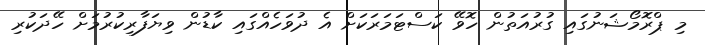
މި ޕްރޮމޯޝަނުގައި ގުރުއަތުން ހޮވޭ ކަސްޓަމަރަކަށް އެ ދުވަހެއްގައި ކާޑުން ވިޔަފާރިކުރުމަށް ހޭދަކުރި